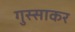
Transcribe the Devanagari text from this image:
गुस्साकर